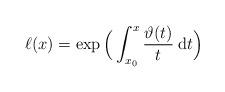
LaTeX: \begin{align*}\ell(x)=\exp\Big(\int_{x_0}^x\frac{\vartheta (t)}{t} {\: \rm d} t\Big)\end{align*}